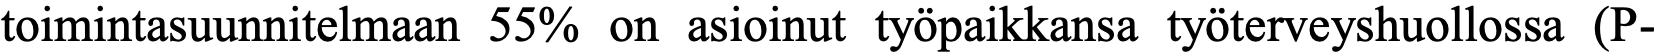
toimintasuunnitelmaan 55% on asioinut työpaikkansa työterveyshuollossa (P-